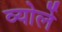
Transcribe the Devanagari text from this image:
व्योर्ले